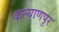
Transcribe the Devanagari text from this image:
कल्‍याणपुर